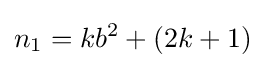
n_{1}=kb^{2}+(2k+1)